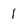
Character: 1